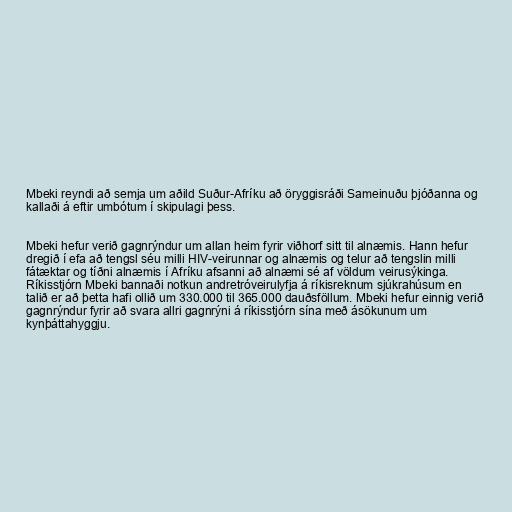
Mbeki reyndi að semja um aðild Suður-Afríku að öryggisráði Sameinuðu þjóðanna og
kallaði á eftir umbótum í skipulagi þess.

Mbeki hefur verið gagnrýndur um allan heim fyrir viðhorf sitt til alnæmis. Hann hefur
dregið í efa að tengsl séu milli HIV-veirunnar og alnæmis og telur að tengslin milli
fátæktar og tíðni alnæmis í Afríku afsanni að alnæmi sé af völdum veirusýkinga.
Ríkisstjórn Mbeki bannaði notkun andretróveirulyfja á ríkisreknum sjúkrahúsum en
talið er að þetta hafi ollið um 330.000 til 365.000 dauðsföllum. Mbeki hefur einnig verið
gagnrýndur fyrir að svara allri gagnrýni á ríkisstjórn sína með ásökunum um
kynþáttahyggju.